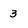
Character: 3